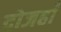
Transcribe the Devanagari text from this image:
दोजहाँ